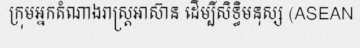
ក្រុមអ្នកតំណាងរាស្ត្រអាស៊ាន ដើម្បីសិទ្ធិមនុស្ស (ASEAN